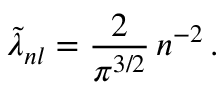
\tilde { \lambda } _ { n l } = \frac { 2 } { \pi ^ { 3 / 2 } } \, n ^ { - 2 } \, .